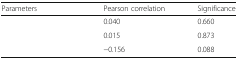
<table><thead><tr><td><b>Parameters</b></td><td><b>Pearson correlation</b></td><td><b>Significance</b></td></tr></thead><tbody><tr><td>[EMPTY_CELL]</td><td>0.040</td><td>0.660</td></tr><tr><td>[EMPTY_CELL]</td><td>0.015</td><td>0.873</td></tr><tr><td>[EMPTY_CELL]</td><td>−0.156</td><td>0.088</td></tr></tbody></table>